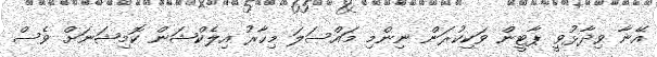
އޭނާ ވިދާޅުވީ ޕާޓީން ވަކިކުރަން ނިންމި މައްސަލަ މިހާރު އިލެކްޝަން ކޮމިޝަނަށް ވެސް